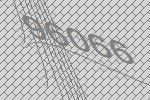
96066